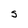
Character: s